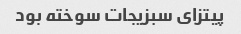
پیتزای سبزیجات سوخته بود